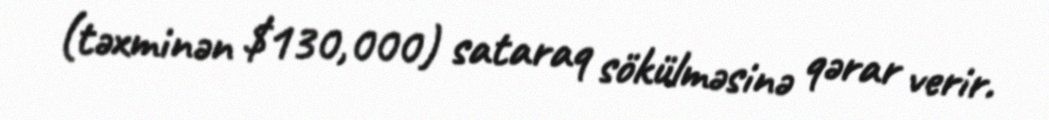
(təxminən $130,000) sataraq sökülməsinə qərar verir.